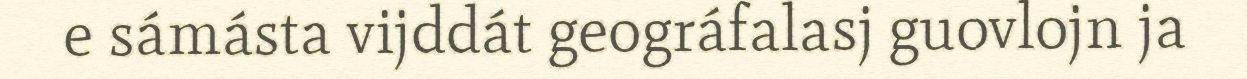
e sámásta vijddát geográfalasj guovlojn ja